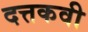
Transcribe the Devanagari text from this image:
दत्तकवी